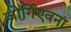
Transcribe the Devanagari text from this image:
जोर्गिएवना